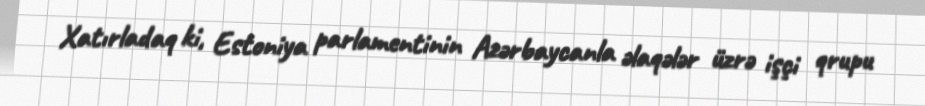
Xatırladaq ki, Estoniya parlamentinin Azərbaycanla əlaqələr üzrə işçi qrupu